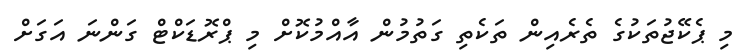
މި ޕެކޭޖުތަކުގެ ތެރެއިން ތަކެތި ގަތުމުން އާއްމުކޮށް މި ޕްރޮޑަކްޓް ގަންނަ އަގަށް